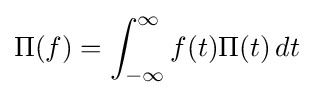
\Pi (f)=\int _{-\infty }^{\infty }f(t)\Pi (t)\,dt